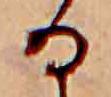
る